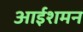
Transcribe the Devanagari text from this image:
आईशमन